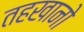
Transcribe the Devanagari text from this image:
तहखानो